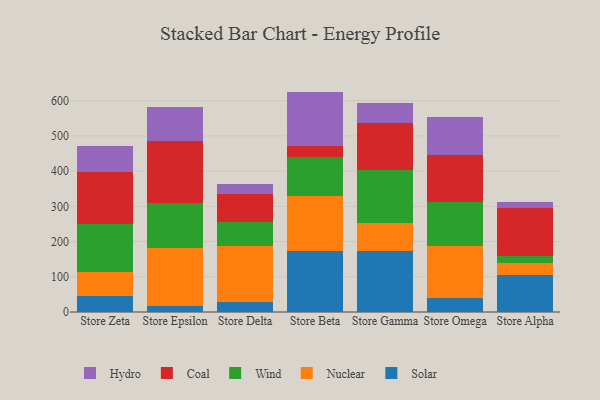
{"axis": {"x": "Store", "y": "Website Visitors"}, "legend": ["Coal", "Hydro", "Nuclear", "Solar", "Wind"], "data": [{"x": "Store Zeta", "y": 46.2, "type": "Solar"}, {"x": "Store Zeta", "y": 68.8, "type": "Nuclear"}, {"x": "Store Zeta", "y": 133.7, "type": "Wind"}, {"x": "Store Zeta", "y": 150.0, "type": "Coal"}, {"x": "Store Zeta", "y": 73.4, "type": "Hydro"}, {"x": "Store Epsilon", "y": 15.9, "type": "Solar"}, {"x": "Store Epsilon", "y": 165.6, "type": "Nuclear"}, {"x": "Store Epsilon", "y": 128.5, "type": "Wind"}, {"x": "Store Epsilon", "y": 176.8, "type": "Coal"}, {"x": "Store Epsilon", "y": 95.7, "type": "Hydro"}, {"x": "Store Delta", "y": 28.0, "type": "Solar"}, {"x": "Store Delta", "y": 159.5, "type": "Nuclear"}, {"x": "Store Delta", "y": 67.8, "type": "Wind"}, {"x": "Store Delta", "y": 79.8, "type": "Coal"}, {"x": "Store Delta", "y": 27.2, "type": "Hydro"}, {"x": "Store Beta", "y": 174.5, "type": "Solar"}, {"x": "Store Beta", "y": 153.7, "type": "Nuclear"}, {"x": "Store Beta", "y": 111.8, "type": "Wind"}, {"x": "Store Beta", "y": 30.6, "type": "Coal"}, {"x": "Store Beta", "y": 155.3, "type": "Hydro"}, {"x": "Store Gamma", "y": 174.1, "type": "Solar"}, {"x": "Store Gamma", "y": 79.9, "type": "Nuclear"}, {"x": "Store Gamma", "y": 149.2, "type": "Wind"}, {"x": "Store Gamma", "y": 133.0, "type": "Coal"}, {"x": "Store Gamma", "y": 56.9, "type": "Hydro"}, {"x": "Store Omega", "y": 39.4, "type": "Solar"}, {"x": "Store Omega", "y": 147.3, "type": "Nuclear"}, {"x": "Store Omega", "y": 124.4, "type": "Wind"}, {"x": "Store Omega", "y": 135.4, "type": "Coal"}, {"x": "Store Omega", "y": 108.7, "type": "Hydro"}, {"x": "Store Alpha", "y": 105.4, "type": "Solar"}, {"x": "Store Alpha", "y": 33.2, "type": "Nuclear"}, {"x": "Store Alpha", "y": 19.1, "type": "Wind"}, {"x": "Store Alpha", "y": 138.2, "type": "Coal"}, {"x": "Store Alpha", "y": 17.1, "type": "Hydro"}]}